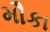
મૌકા